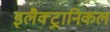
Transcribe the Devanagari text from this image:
इलैक्ट्रानिकल